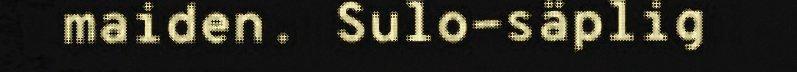
maiden. Sulo-säplig